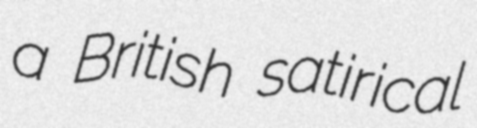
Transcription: a British satirical